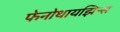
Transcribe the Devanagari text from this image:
फेनोथायझिन्स